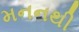
મનનથી